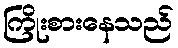
ကြိုးစားနေသည်